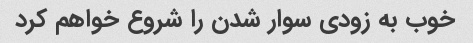
خوب به زودی سوار شدن را شروع خواهم کرد